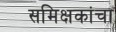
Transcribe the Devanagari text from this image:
समिक्षकांचा